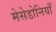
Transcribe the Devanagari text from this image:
मेसेडोनियाँ